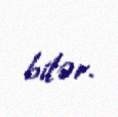
bilər.